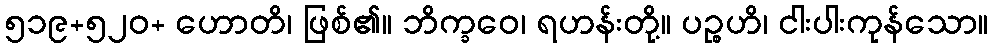
၅၁၉+၅၂၀+ ဟောတိ၊ ဖြစ်၏။ ဘိက္ခဝေ၊ ရဟန်းတို့။ ပဉ္စဟိ၊ ငါးပါးကုန်သော။